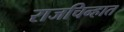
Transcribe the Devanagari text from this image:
राजचिन्हात